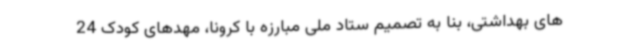
های بهداشتی، بنا به تصمیم ستاد ملی مبارزه با کرونا، مهدهای کودک 24